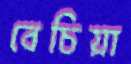
বেচিয়া